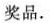
奖品.